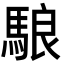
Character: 駺